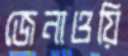
জেনাওয়ি